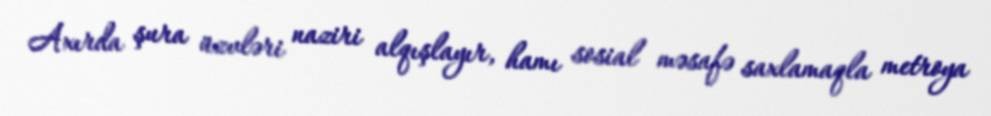
Axırda şura üzvləri naziri alqışlayır, hamı sosial məsafə saxlamaqla metroya